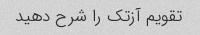
تقویم آزتک را شرح دهید